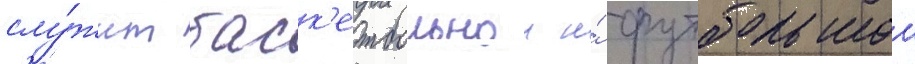
слу́жит баск'етбольнои и́ футбольнои